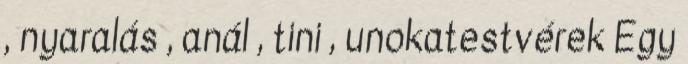
, nyaralás , anál , tini , unokatestvérek Egy